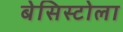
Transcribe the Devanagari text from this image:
बेसिस्टोला